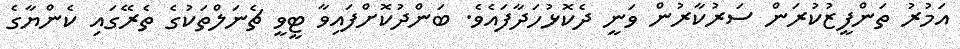
އަމުރު ތަންފީޒުކުރަން ސަރުކާރުން ވަނީ ދެކޮޅުހަދާފައެވެ. ބަންދުކޮށްފައިވާ ޓީވީ ޗެނަލްތަކުގެ ތެރޭގައި ކެންޔާގެ